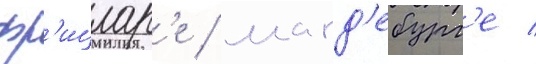
фр'ицлар'е / магд'ебург'е /